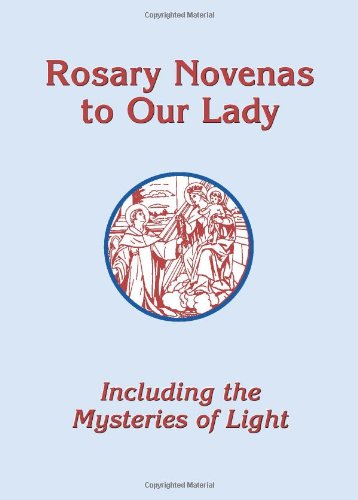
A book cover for Rosary Novenas to Our Lady: Including the Mysteries of Light; Charles V. Lacey; Religion & Spirituality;